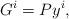
LaTeX: \begin{align*}G^i= Py^i,\end{align*}